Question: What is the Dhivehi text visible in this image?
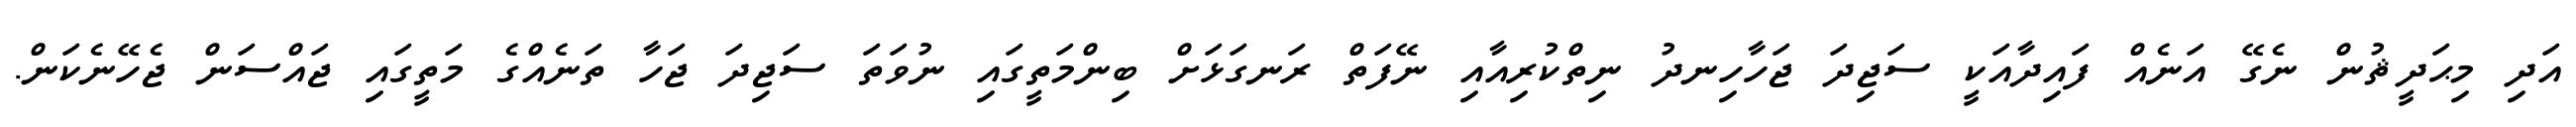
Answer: އަދި މިޙަދީޘުން ނެގޭ އަނެއް ފައިދާއަކީ ސަޖިދަ ޖަހާހިނދު ނިތްކުރިއާއި ނޭފަތް ރަނގަޅަށް ބިންމަތީގައި ނުވަތަ ސަޖިދަ ޖަހާ ތަނެއްގެ މަތީގައި ޖައްސަން ޖެހޭނެކަން.